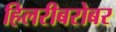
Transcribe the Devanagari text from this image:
हिलरीबरोबर